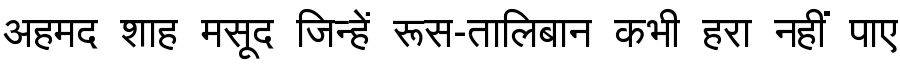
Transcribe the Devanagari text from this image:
अहमद शाह मसूद जिन्हें रूस-तालिबान कभी हरा नहीं पाए